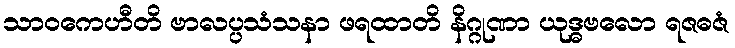
သာဝကေဟီတိ ဗာလပ္ပသံသနာ ဖရထာတိ နိဂ္ဂုဏာ ယုဒ္ဓဗလော ရဇဓဇံ